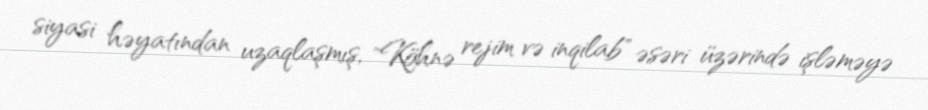
siyasi həyatından uzaqlaşmış, "Köhnə rejim və inqilab" əsəri üzərində işləməyə